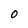
Character: 0